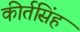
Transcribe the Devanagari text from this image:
कीर्तसिंह